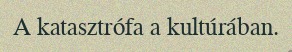
A katasztrófa a kultúrában.